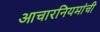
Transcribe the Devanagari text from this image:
आचारनियमांची